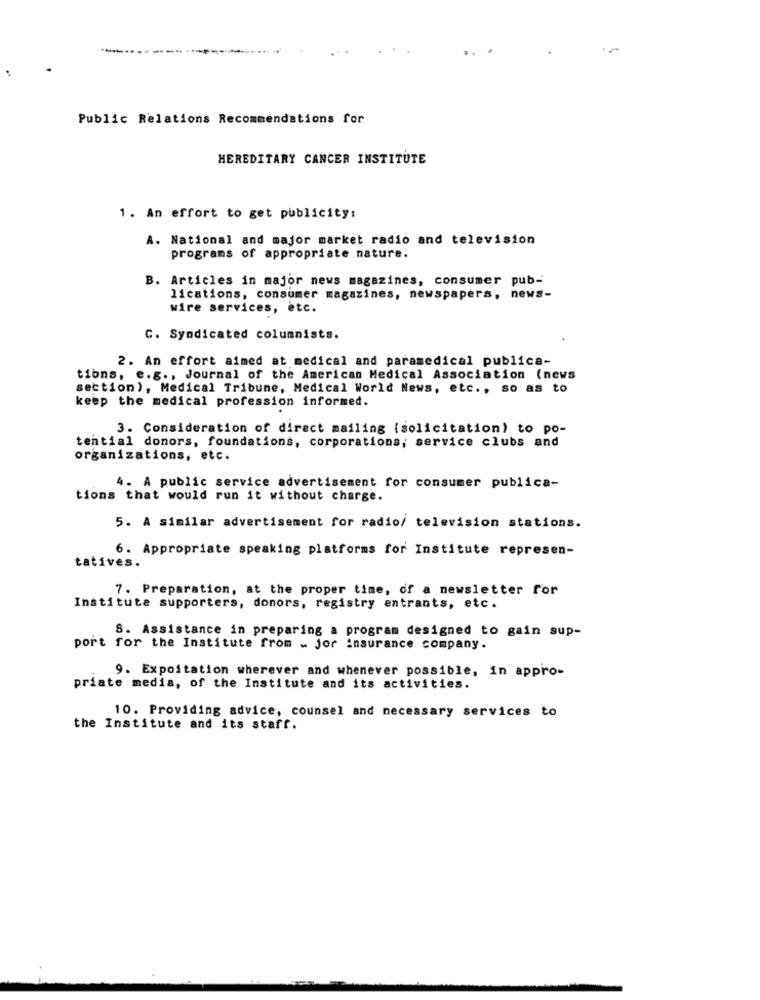
Public Relations Recommendations for
HEREDITARY CANCER INSTITUTE
1. An effort to get publicity:
A. National and major market radio and television
programs of appropriate nature.
B. Articles in major news magazines, consumer pub-
lications, consumer magazines, newspapers, news-
wire services, etc.
C. Syndicated columnists.
2. An effort aimed at medical and paramedical publica-
tions, e.g ., Journal of the American Medical Association (news
section), Medical Tribune, Medical World News, etc ., so as to
keep the medical profession informed.
3. Consideration of direct mailing (solicitation) to po-
tential donors, foundations, corporations; service clubs and
organizations, etc.
4. A public service advertisement for consumer publica-
tions that would run it without charge.
5. A similar advertisement for radio/ television stations.
6. Appropriate speaking platforms for Institute represen-
tatives.
7. Preparation, at the proper time, of a newsletter for
Institute supporters, donors, registry entrants, etc.
S. Assistance in preparing a program designed to gain sup-
port for the Institute from _. jor insurance company.
9. Expoitation wherever and whenever possible, in appro-
priate media, of the Institute and its activities.
10. Providing advice, counsel and necessary services to
the Institute and its staff.